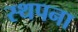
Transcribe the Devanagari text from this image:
स्‍थपना